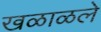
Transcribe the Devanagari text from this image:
खळाळले